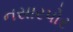
નસારપોર